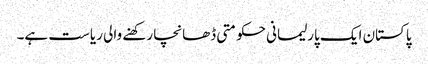
پاکستان ایک پارلیمانی حکومتی ڈھانچا رکھنے والی ریاست ہے۔